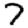
Digit: 7